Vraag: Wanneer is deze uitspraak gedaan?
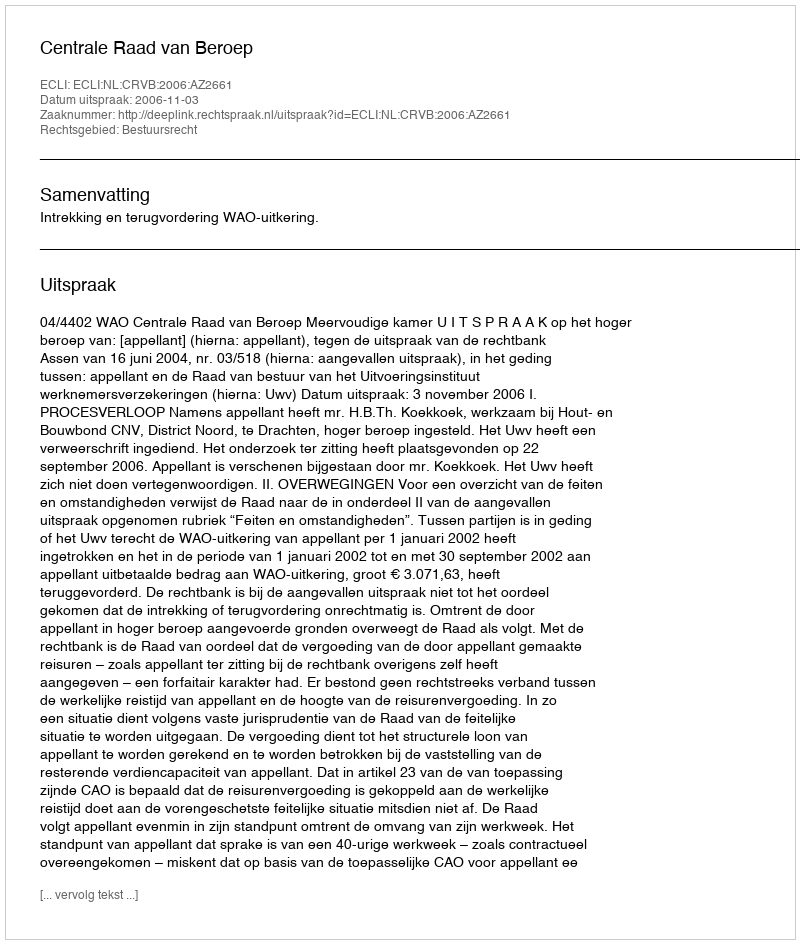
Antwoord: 2006-11-03